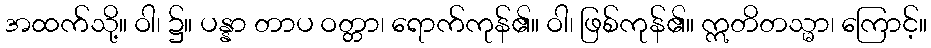
အထက်သို့။ ဝါ၊ ၌။ ပန္နာ တာပ ဝတ္တာ၊ ရောက်ကုန်၏။ ဝါ၊ ဖြစ်ကုန်၏။ ဣတိတသ္မာ၊ ကြောင့်။